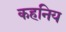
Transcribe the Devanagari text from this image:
कहनिय